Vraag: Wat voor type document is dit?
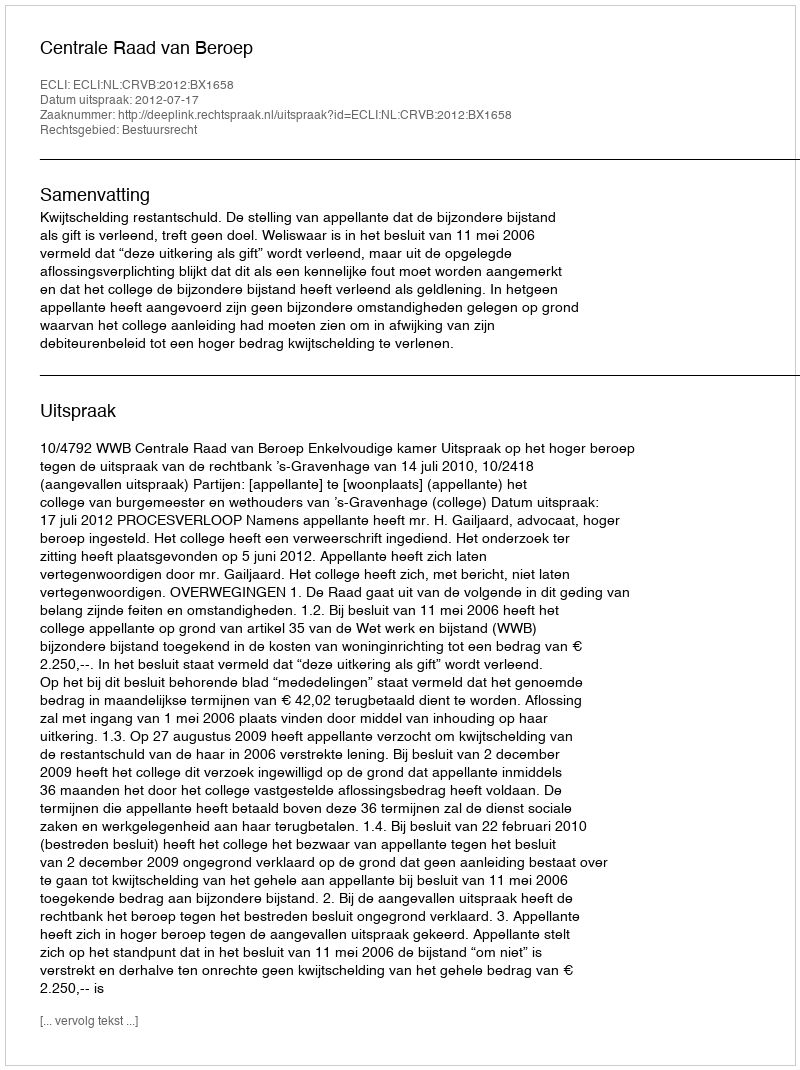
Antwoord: Uitspraak